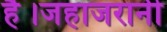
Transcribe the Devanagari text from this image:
है।जहाजरानी